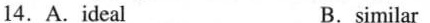
14.A.ideal